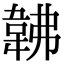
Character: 𩎛